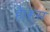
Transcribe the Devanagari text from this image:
हैं।रूस